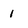
Character: 1